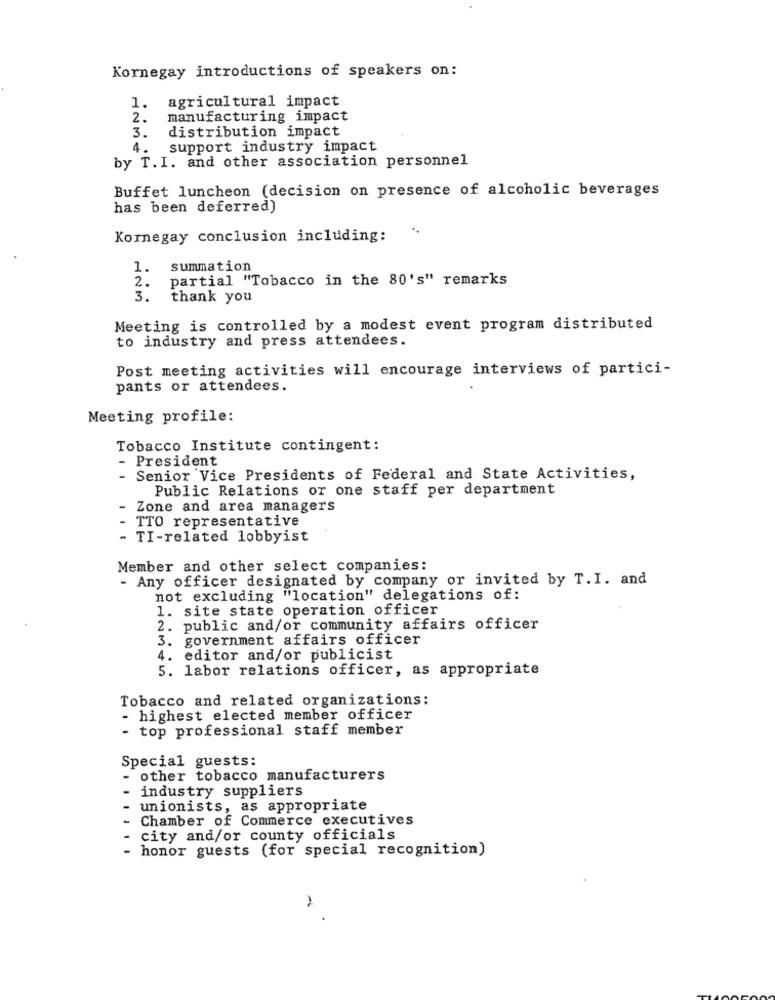
Kornegay introductions of speakers on:
1. agricultural impact
2.
manufacturing impact
3.
distribution impact
4.
support industry impact
by T. I. and other association personnel
Buffet luncheon (decision on presence of alcoholic beverages
has been deferred)
Kornegay conclusion including:
1.
summation
2.
partial "Tobacco in the 80's" remarks
3.
thank you
Meeting is controlled by a modest event program distributed
to industry and press attendees.
Post meeting activities will encourage interviews of partici-
pants or attendees.
Meeting profile:
Tobacco Institute contingent:
- President
- Senior Vice Presidents of Federal and State Activities,
Public Relations or one staff per department
- Zone and area managers
- TTO representative
- TI-related lobbyist
Member and other select companies:
- Any officer designated by company or invited by T. I. and
not excluding "location" delegations of:
1. site state operation officer
2. public and/or community affairs officer
3. government affairs officer
4. editor and/or publicist
5. labor relations officer, as appropriate
Tobacco and related organizations:
- highest elected member officer
- top professional staff member
Special guests:
- other tobacco manufacturers
industry suppliers
unionists, as appropriate
Chamber of Commerce executives
city and/or county officials
- honor guests (for special recognition)
-